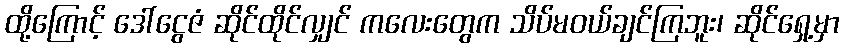
ထို့ကြောင့် ဒေါ်ငွေဇံ ဆိုင်ထိုင်လျှင် ကလေးတွေက သိပ်မဝယ်ချင်ကြဘူး၊ ဆိုင်ရှေ့မှာ